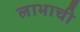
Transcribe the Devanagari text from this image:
लाभाची